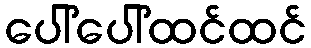
ပေါ်ပေါ်ထင်ထင်